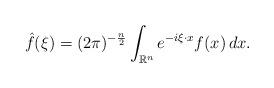
LaTeX: \begin{align*}\hat{f}(\xi)=(2\pi)^{-\frac{n}{2}}\int_{\mathbb{R}^n}e^{-i\xi\cdot x}f(x)\,dx.\end{align*}